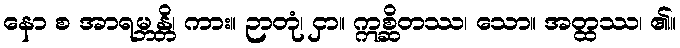
နော စ အာရမ္ဘန္တိ၊ ကား။ ဉာတုံ၊ ငှာ။ ဣစ္ဆိတဿ၊ သော။ အတ္ထဿ၊ ၏။